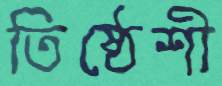
তিষ্ঠেশী